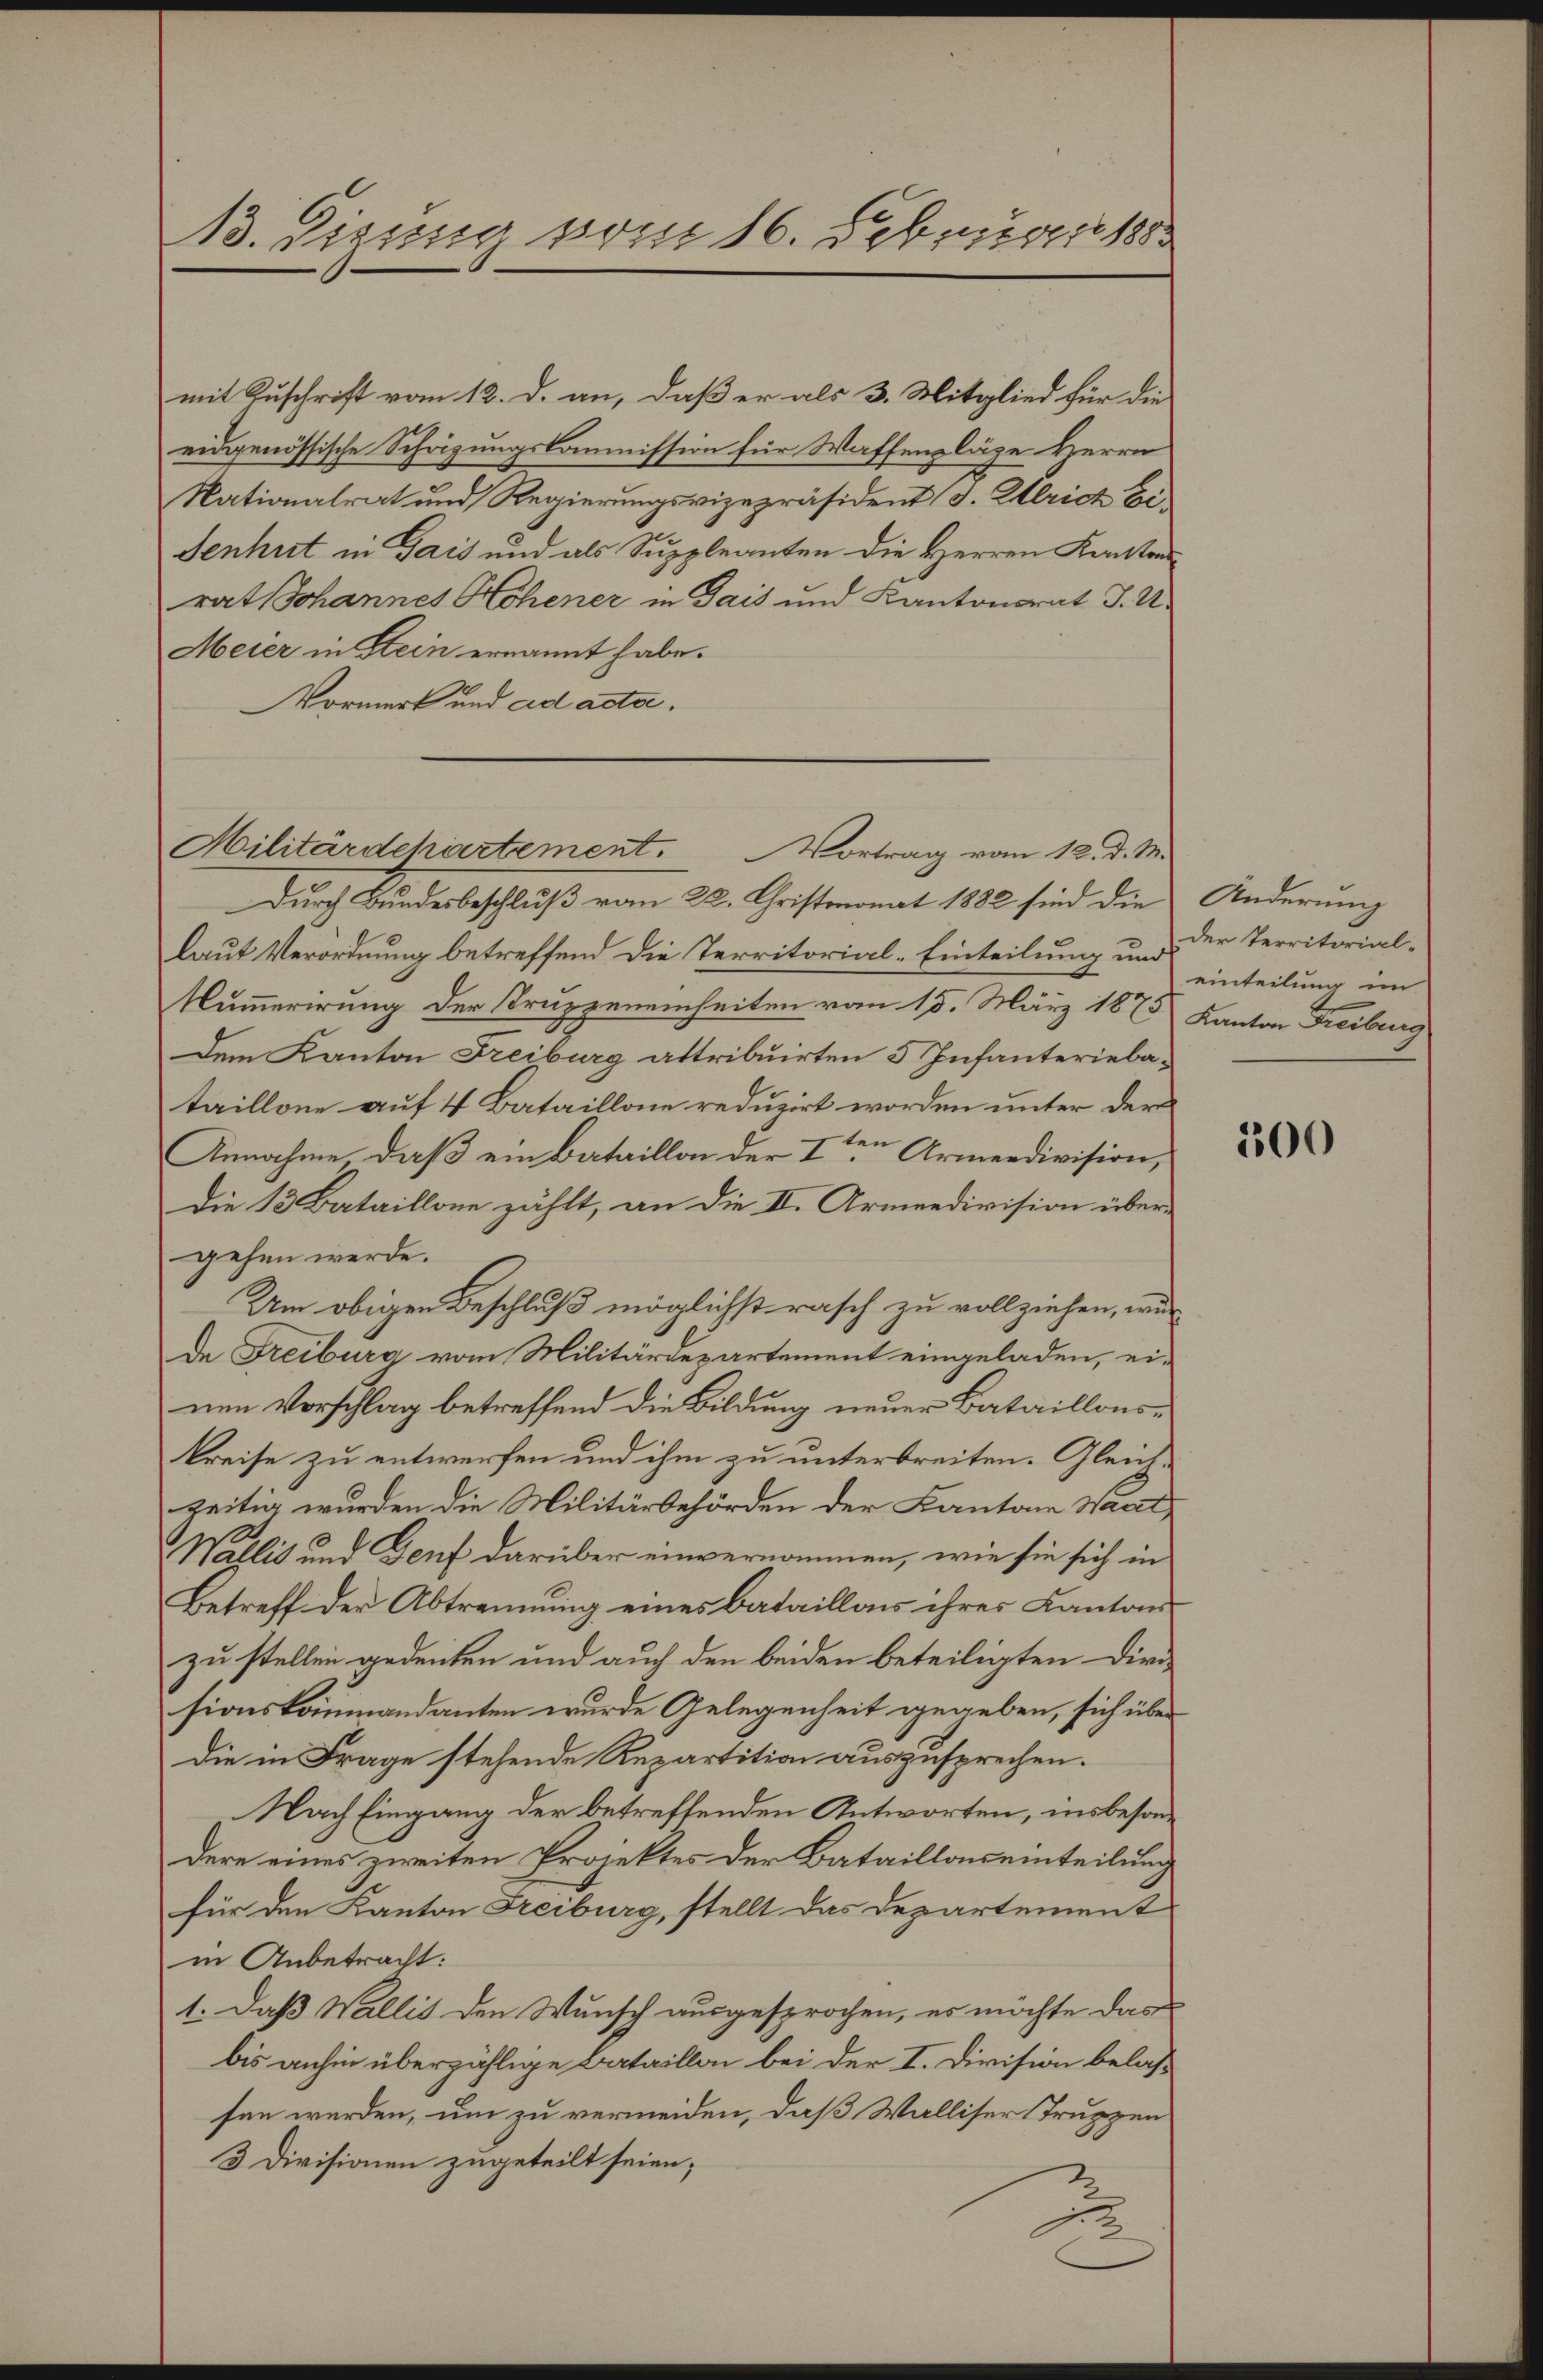
13. Dirung vom 16. Februar 188

mit Zuschrift vom 12. d. an, daß er als 3. Mitglied für die
eidgenössische Schazungskommission für Waffenpläge Herrn
Nationalrat und Regierungsvizepräsident (s. Ulrich Ei
Senhut in Gais und als Suppleanten die Herren Kantonsrat Johannes Hohener in Gais und Kantonsrat J. U.
Meier in Stein ernannt habe.
Vormerk und ad acta.
Durch Bundesbeschluß vom 22. Christmonat 1882 sind die
laut Verordnung betreffend die Territorial-Einteilung und der Territorial¬
Kummerirung der Truppeneinheiten vom 15. März 1875
Dem Kanton Freiburg attribuirten 5 Infanteriebataillone auf 4 Bataillone reduzirt worden unter der
Annahme, daß ein Bataillon der Iten Armendivision,
Die 13 Bataillone zählt, an die II. Armeedivision über-
gehen werde.
Um obigen Beschluß möglichst rasch zu vollziehen, wur
de Freiburg vom Militärdepartement eingeladen, ei-
nen Vorschlag betreffend die Bildung neuer Bataillonskreise zu entwerfen und ihm zu unterbreiten. Gleichzeitig wurden die Militärbehörden der Kantone Waat
Wallis und Genf darüber einvernommen, wie sie sich in
Betreff der Abtrennung eines Bataillons ihres Kantonszu stellen gedeuten und auch den beiden beteiligten Dire
sionskommandanten wurde Gelegenheit gegeben, sich über
die in Frage stehende Repartition auszusprechen.
Nach Eingang der betreffenden Antworten, insbesondere eines zweiten Projektes der Batailloneinteilung
für den Kanton Freiburg, stellt das Departement
in Anbetracht:
1. Daß Wallis den Wunsch ausgesprochen, es möchte das
bis anhin überzählige Bataillon bei der I. Division belassen werden, um zu vermeiden, daß Walliser Truppen
3 Divisionen zugeteilt seien;
2

Hilitärdehartement. Vortrag vom 12. d. M.

Änderung
einteilung im
Kanton Freiburg

100